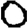
Digit: 0